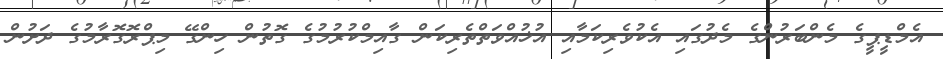
އެމްޑީޕީގެ މެންބަރުންގެ މެދުގައި އެކުވެރިކަމާއި އުޚުއްވަތްތެރިކަން ގާއިމްކުރުމުގެ ގޮތުން ހިންގޭ މިޕްރޮގޮރާމުގެ ދަށުން